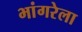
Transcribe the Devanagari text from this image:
भांगरेला